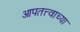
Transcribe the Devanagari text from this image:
आपतत्त्वाच्या